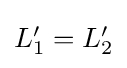
{\textstyle L'_{1}=L'_{2}}